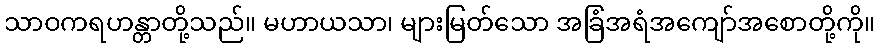
သာဝကရဟန္တာတို့သည်။ မဟာယသာ၊ များမြတ်သော အခြံအရံအကျော်အစောတို့ကို။